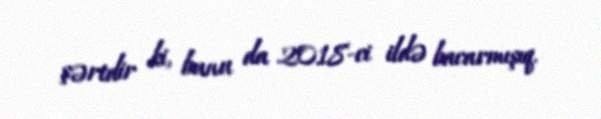
şərtdir ki, bunu da 2018-ci ildə bacarmışıq.